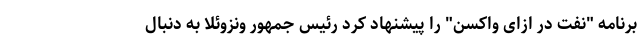
برنامه "نفت در ازای واکسن" را پیشنهاد کرد رئیس جمهور ونزوئلا به دنبال